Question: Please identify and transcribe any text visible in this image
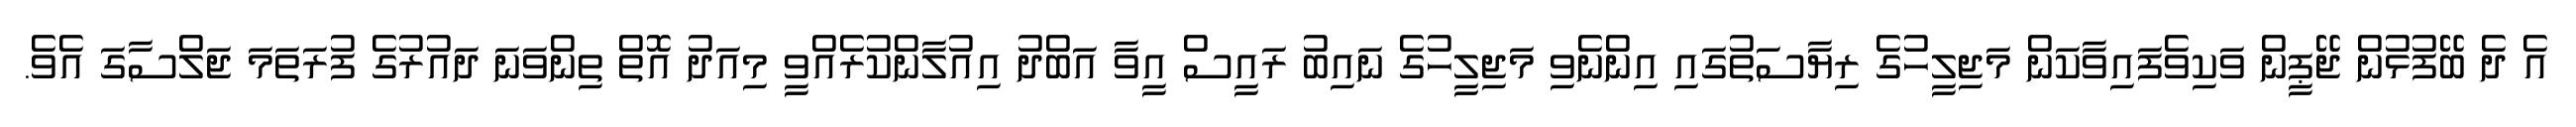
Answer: އެ ދެ ބޭފުޅުން ޖޭޕީން ވަކިވެފައިވާކަން މަޖިލީހުގެ ރިޔާސަތުގައި އިންނެވި މަޖިލީހުގެ ނައިބު ރައީސް އީވާ އަބްދު އިއުލާންކުރެއްވީ މިއަދު އޮތް ތިންވަނަ ދައުރުގެ ފުރަތަމަ ޖަލްސާގަ އެވެ.